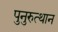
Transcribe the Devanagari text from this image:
पुनुरुत्थान